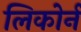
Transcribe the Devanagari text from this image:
लिकोर्न